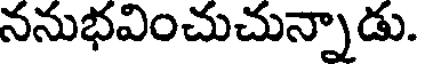
ననుభవించుచున్నాడు.